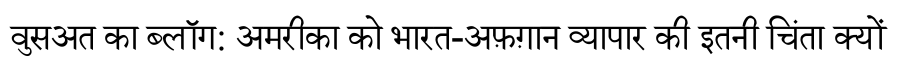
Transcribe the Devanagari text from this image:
वुसअत का ब्लॉग: अमरीका को भारत-अफ़ग़ान व्यापार की इतनी चिंता क्यों